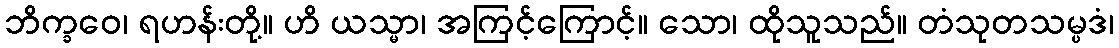
ဘိက္ခဝေ၊ ရဟန်းတို့။ ဟိ ယသ္မာ၊ အကြင့်ကြောင့်။ သော၊ ထိုသူသည်။ တံသုတသမ္ပဒံ၊